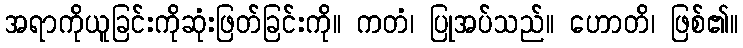
အရာကိုယူခြင်းကိုဆုံးဖြတ်ခြင်းကို။ ကတံ၊ ပြုအပ်သည်။ ဟောတိ၊ ဖြစ်၏။